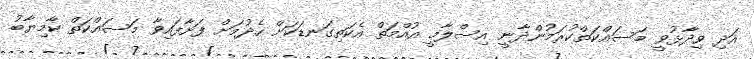
އަދި ވިދާޅުވީ މަސައްކަތްކުރަމުންދާނީ އިސްލާމީ އުއްމަތް އެކަތިގަނޑަކަށް ހެދުމަށް ފަށާފައިވާ މަސައްކަތް ކާމިޔާބު